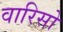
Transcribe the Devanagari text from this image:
वारिसो